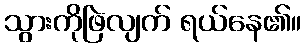
သွားကိုဖြဲလျက် ရယ်နေ၏။